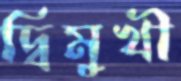
দ্বিমুখী